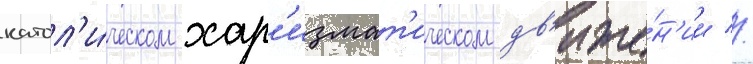
катол'и́ческом хар'измат'ическом дв'иже́н'ии //